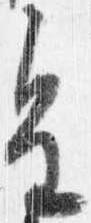
皇